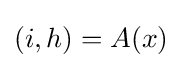
(i,h)=A(x)